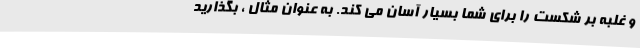
و غلبه بر شکست را برای شما بسیار آسان می کند. به عنوان مثال ، بگذارید